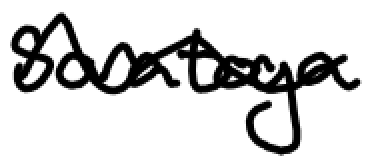
Text: Saratoga
Cross-out: wave
Writing tool: digital_black